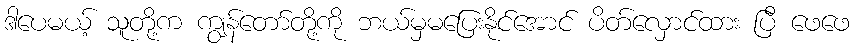
ဒါပေမယ့် သူတို့က ကျွန်တော်တို့ကို ဘယ်မှမပြေးနိုင်အောင် ပိတ်လှောင်ထား ပြီ ဖေဖေ